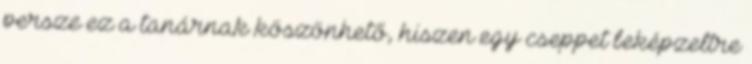
persze ez a tanárnak köszönhető, hiszen egy cseppet beképzeltre